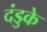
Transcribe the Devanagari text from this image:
दंडुके